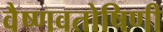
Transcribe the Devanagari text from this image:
वैष्णवतोषिणी